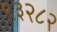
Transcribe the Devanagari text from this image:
९३२८२